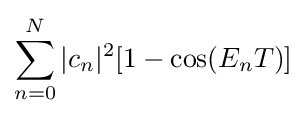
\sum _{n=0}^{N}|c_{n}|^{2}[1-\cos(E_{n}T)]